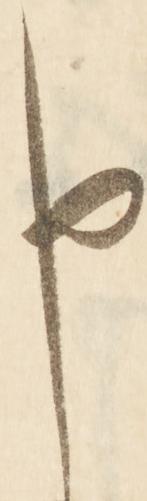
申